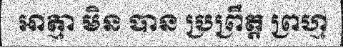
អាត្មា មិន បាន ប្រព្រឹត្ត ព្រហ្ម